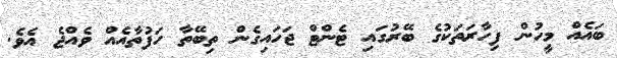
ބައެއް މީހުން ފިހާރަތަކުގެ ބޭރުގައި ޓެންޓް ޖަހައިގެން ތިބޭތާ ހަފުތާއެއް ވެއްޖެ އެވެ.